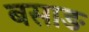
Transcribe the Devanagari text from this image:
बसाङ